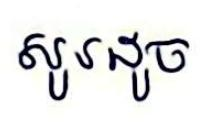
សូរដូច